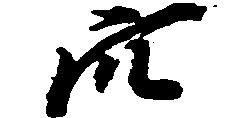
穴